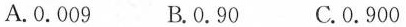
A.0.009 B.0.90 C.0.900